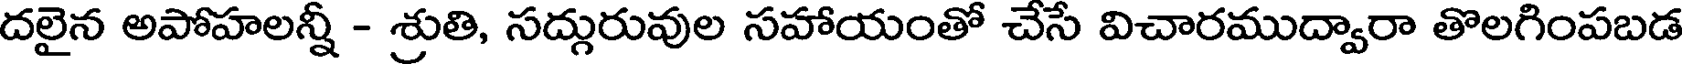
దలైన అపోహలన్నీ - శ్రుతి, సద్గురువుల సహాయంతో చేసే విచారముద్వారా తొలగింపబడ